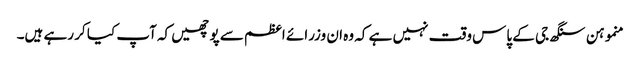
منموہن سنگھ جی کے پاس وقت نہیں ہے کہ وہ ان وزرائے اعظم سے پوچھیں کہ آپ کیا کر رہے ہیں۔